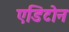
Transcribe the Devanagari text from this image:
एडिटोन